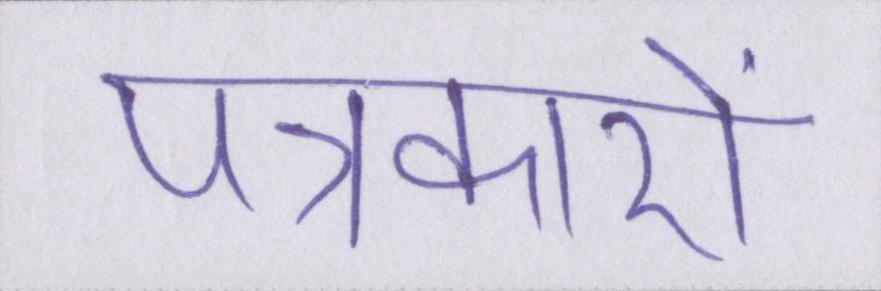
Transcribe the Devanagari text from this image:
पत्रकारों